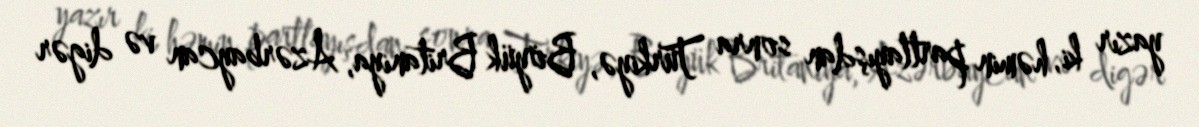
yazır ki, həmin partlayışdan sonra Türkiyə, Böyük Britaniya, Azərbaycan və digər